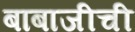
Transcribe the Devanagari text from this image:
बाबाजीची